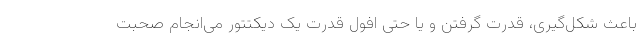
باعث شکل‌گیری، قدرت گرفتن و یا حتی افول قدرت یک دیکتتور می‌انجام صحبت